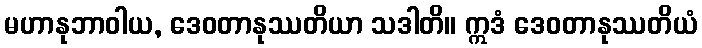
မဟာနုဘာဝါယ, ဒေဝတာနုဿတိယာ သဒါတိ။ ဣဒံ ဒေဝတာနုဿတိယံ